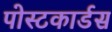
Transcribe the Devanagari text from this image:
पोस्टकार्डस